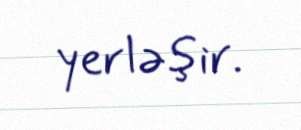
yerləşir.